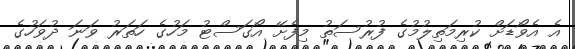
އެ އެވޯޑަށް ކުރިމަތިލުމުގެ ފުރުސަތު މިފެށޭ އޯގަސްޓު މަހުގެ ހަތަރު ވަނަ ދުވަހުގެ